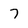
Character: 7